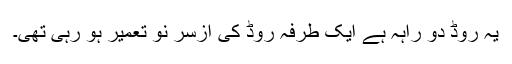
یہ روڈ دو راہہ ہے ایک طرفہ روڈ کی ازسر نو تعمیر ہو رہی تھی۔